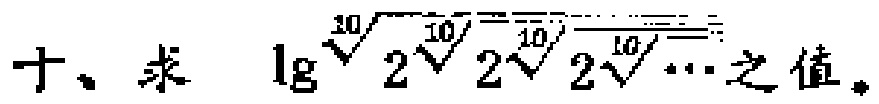
十、求 $\lg\sqrt[10]{2\sqrt[10]{2\sqrt[10]{2\sqrt[10]{\cdots}}}}$ 之值。